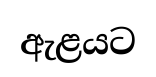
ඇළයට